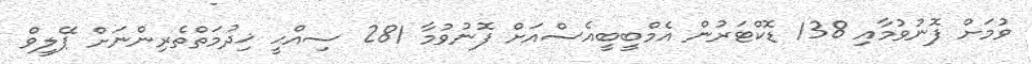
ވުމަށް ފޮނުވުމާއި 138 ޑޮކްޓަރުން އެމްބީބީއެސްއަށް ފޮނުވުމާ 281 ސިއްޙީ ޚިދުމަތްތެރިންނަށް ޕޭލީވް